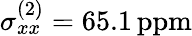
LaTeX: \sigma_{xx}^{(2)}=65.1\mathrm{\, ppm}